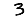
Digit: 3